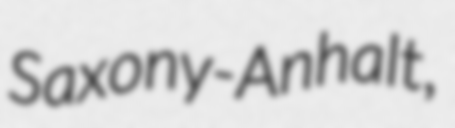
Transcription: Saxony-Anhalt,